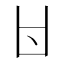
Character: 𠁿